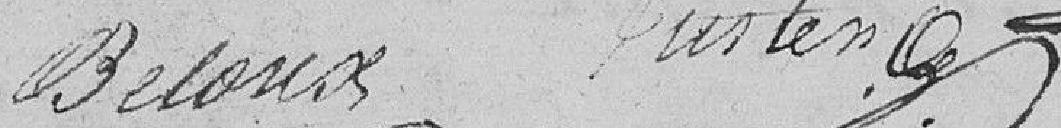
Beloux Juster